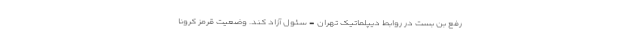
رفع بن بست در روابط دیپلماتیک تهران - سئول آزاد کند. وضعیت قرمز کرونا